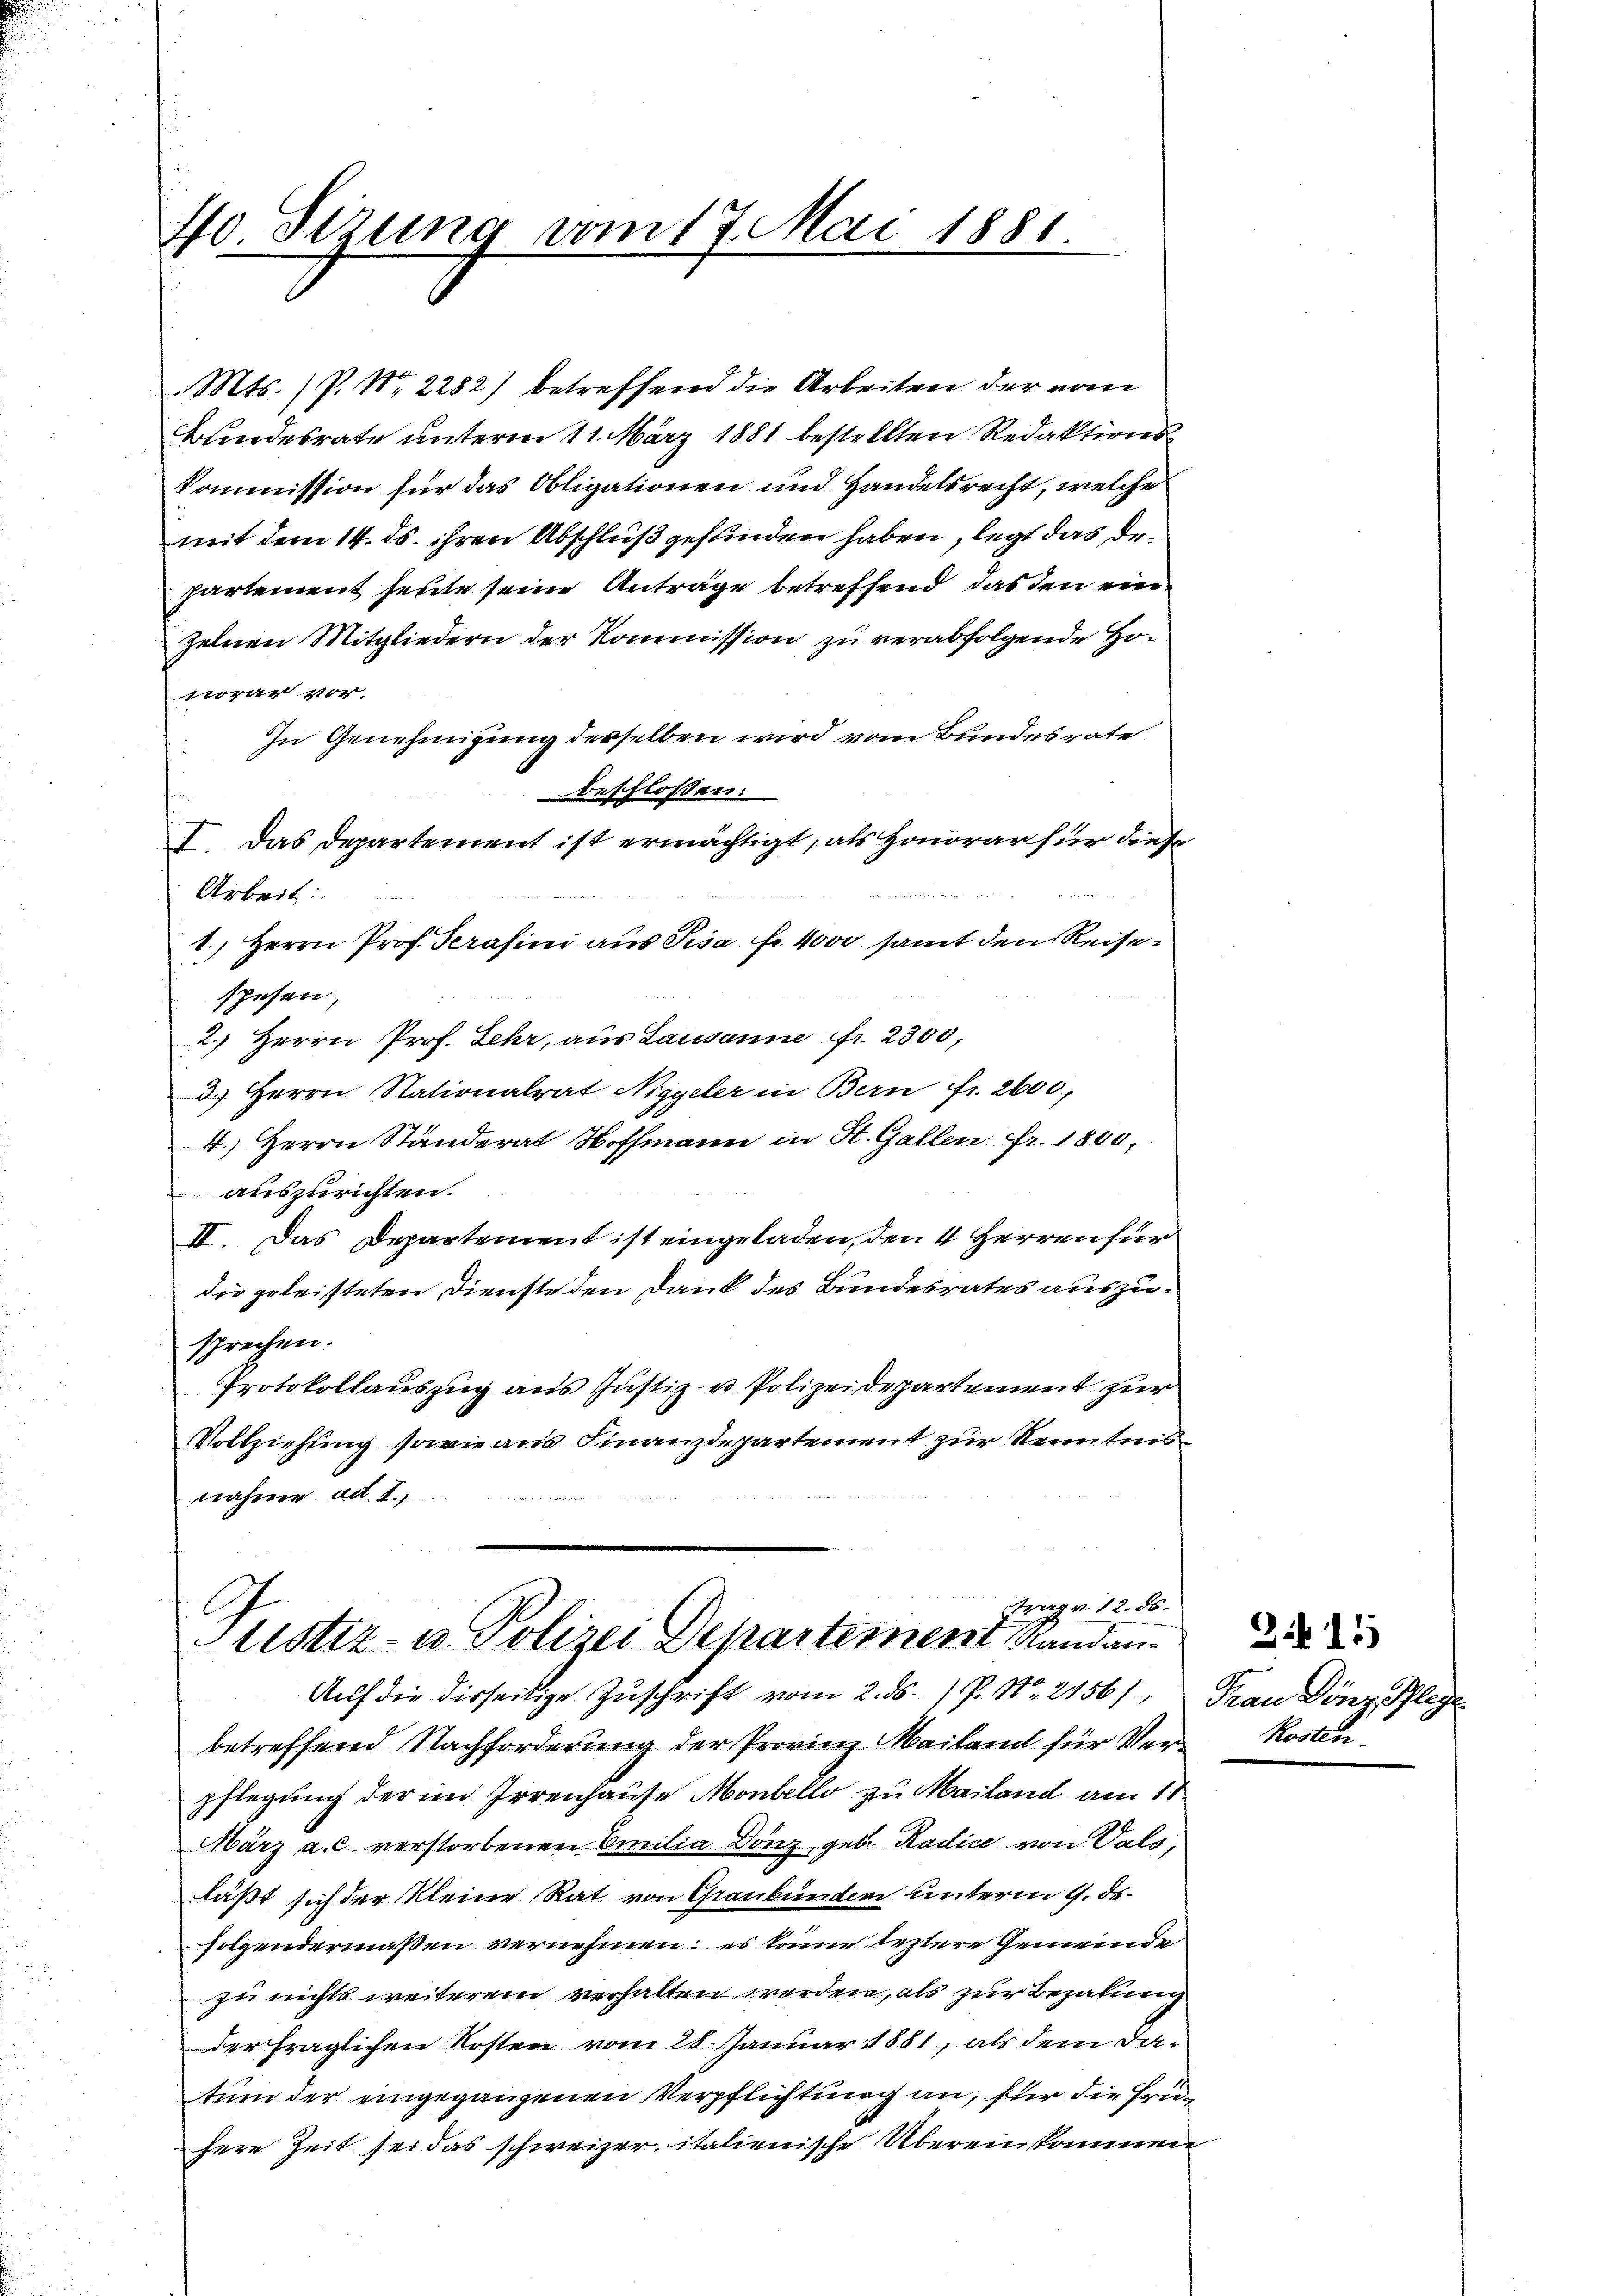
So Sizung vom 17. Mai 1881.

Mts. (P. Nr. 2282) betreffend die Arbeiten der vom
Bundesrate unterm 11. März 1881 bestellten Redaktions¬
Kommission für das Obligationen und Handelsrecht, welche
mit dem 14. ds. ihren Abschluß gefunden haben, legt das Dr.
partement heute seine Anträge betreffend das den ein
zelnen Mitgliedern der Kommission zu verabfolgende Honorar vor.
In Genehmigung derselben wird vom Bundesrate
beschlossen.
I. Das Departement ist ermächtigt, als Honorar für diese
Arbeit:
1.) Herrn Prof. Gerasini aus Pisa Fr. 4000 samt den Reisespesen,
2.) Herrn Prof. Lehr, aus Lausanne fr. 2300,
3.) Herrn Nationalrat Niggeler in Bern fr. 2600,
4.) Herrn Ständerat Hoffmann in St. Gallen Fr. 1800,
auszurichten.
II. Das Departement ist eingeladen, den 4 Herren für
die geleisteten Dienste den Dank des Bundesrates auszusprechen.
Protokollauszug aus Justiz- u Polizeidepartement zur
Vollziehung sowie aus Finanzdepartement zur Kenntnis
nahme ad 1.
Trage. 12. ds.
Stistiz- u. Polizei Departement Landan¬
Auf die Disseitige Zuschrift vom 2. ds. 1 P. Nr. 2156), Frau Dönz Pflege
betreffend Nachforderung der Provinz Mailand für Verpflegung der im Irrenhause Monbello zu Mailand am 11
März a. c. verstorbenen Emilia Donz, geb. Radice von Vals,
läßt sich der Kleine Rat von Graubünden unterm 9. ds.
folgendermaßen vernehmen: es könne leztere Gemeinde
zu nichts weiterem verhalten werden, als zur Bezahnung
der fraglichen Kosten vom 28. Januar 1881, als dem datum der eingegangenen Verpflichtung an, für die Früc
here Zeit sei das schweizer italienische Übereinkomme

Zif. 11
Kosten